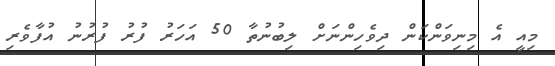
މިއީ އެ މިނިވަންކަން ދިވެހިންނަށް ލިބުނުތާ 50 އަހަރު ފުރު ފުރުނު އުފާވެރި